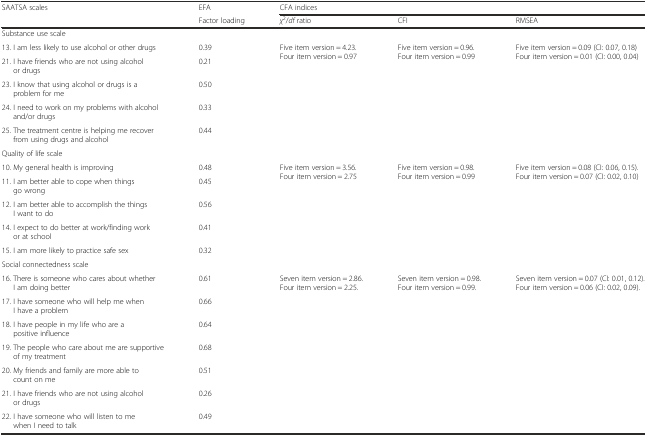
| <ROWSPAN=2> SAATSA scales | EFA | <COLSPAN=3> CFA indices |
 | Factor loading | χ2/df ratio | CFI | RMSEA |
 | --- | --- | --- | --- | --- |
 | <COLSPAN=5> Substance use scale |
 | 13. I am less likely to use alcohol or other drugs | 0.39 | <ROWSPAN=5> Five item version = 4.23. Four item version = 0.97 | <ROWSPAN=5> Five item version = 0.96. Four item version = 0.99 | <ROWSPAN=5> Five item version = 0.09 (CI: 0.07, 0.18) Four item version = 0.01 (CI: 0.00, 0.04) |
 | 21. I have friends who are not using alcohol or drugs | 0.21 |
 | 23. I know that using alcohol or drugs is a problem for me | 0.50 |
 | 24. I need to work on my problems with alcohol and/or drugs | 0.33 |
 | 25. The treatment centre is helping me recover from using drugs and alcohol | 0.44 |
 | <COLSPAN=5> Quality of life scale |
 | 10. My general health is improving | 0.48 | <ROWSPAN=5> Five item version = 3.56. Four item version = 2.75 | <ROWSPAN=5> Five item version = 0.98. Four item version = 0.99 | <ROWSPAN=5> Five item version = 0.08 (CI: 0.06, 0.15). Four item version = 0.07 (CI: 0.02, 0.10) |
 | 11. I am better able to cope when things go wrong | 0.45 |
 | 12. I am better able to accomplish the things I want to do | 0.56 |
 | 14. I expect to do better at work/finding work or at school | 0.41 |
 | 15. I am more likely to practice safe sex | 0.32 |
 | <COLSPAN=5> Social connectedness scale |
 | 16. There is someone who cares about whether I am doing better | 0.61 | <ROWSPAN=7> Seven item version = 2.86. Four item version = 2.25. | <ROWSPAN=7> Seven item version = 0.98. Four item version = 0.99. | <ROWSPAN=7> Seven item version = 0.07 (CI: 0.01, 0.12). Four item version = 0.06 (CI: 0.02, 0.09). |
 | 17. I have someone who will help me when I have a problem | 0.66 |
 | 18. I have people in my life who are a positive influence | 0.64 |
 | 19. The people who care about me are supportive of my treatment | 0.68 |
 | 20. My friends and family are more able to count on me | 0.51 |
 | 21. I have friends who are not using alcohol or drugs | 0.26 |
 | 22. I have someone who will listen to me when I need to talk | 0.49 |